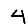
Digit: 4